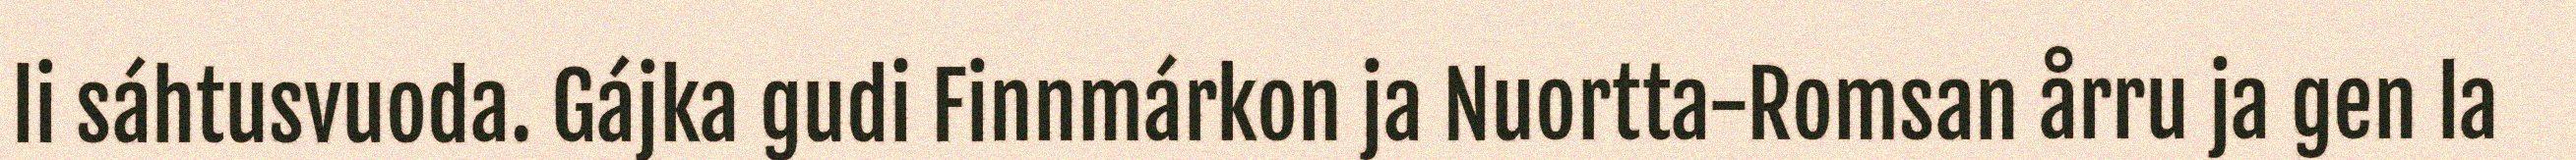
li sáhtusvuoda. Gájka gudi Finnmárkon ja Nuortta-Romsan årru ja gen la